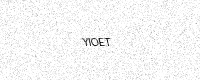
Text: YIOET